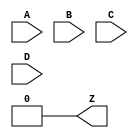
// ---------------------------------------

module LUT4(input A, B, C, D, output Z);
    parameter [15:0] INIT = 16'h0000;
    wire [7:0] s3 = D ?     INIT[15:8] :     INIT[7:0];
    wire [3:0] s2 = C ?       s3[ 7:4] :       s3[3:0];
    wire [1:0] s1 = B ?       s2[ 3:2] :       s2[1:0];
    assign Z =      A ?          s1[1] :         s1[0];
endmodule

// ---------------------------------------

module L6MUX21 (input D0, D1, SD, output Z);
	assign Z = SD ? D1 : D0;
endmodule

// ---------------------------------------

module CCU2C(input CIN, A0, B0, C0, D0, A1, B1, C1, D1,
	           output S0, S1, COUT);

	parameter [15:0] INIT0 = 16'h0000;
	parameter [15:0] INIT1 = 16'h0000;
	parameter INJECT1_0 = "YES";
	parameter INJECT1_1 = "YES";

	// First half
	wire LUT4_0, LUT2_0;
	LUT4 #(.INIT(INIT0)) lut4_0(.A(A0), .B(B0), .C(C0), .D(D0), .Z(LUT4_0));
	LUT2 #(.INIT(INIT0[3:0])) lut2_0(.A(A0), .B(B0), .Z(LUT2_0));

	wire gated_cin_0 = (INJECT1_0 == "YES") ? 1'b0 : CIN;
	assign S0 = LUT4_0 ^ gated_cin_0;

	wire gated_lut2_0 = (INJECT1_0 == "YES") ? 1'b0 : LUT2_0;
	wire cout_0 = (~LUT4_0 & gated_lut2_0) | (LUT4_0 & CIN);

	// Second half
	wire LUT4_1, LUT2_1;
	LUT4 #(.INIT(INIT1)) lut4_1(.A(A1), .B(B1), .C(C1), .D(D1), .Z(LUT4_1));
	LUT2 #(.INIT(INIT1[3:0])) lut2_1(.A(A1), .B(B1), .Z(LUT2_1));

	wire gated_cin_1 = (INJECT1_1 == "YES") ? 1'b0 : cout_0;
	assign S1 = LUT4_1 ^ gated_cin_1;

	wire gated_lut2_1 = (INJECT1_1 == "YES") ? 1'b0 : LUT2_1;
	assign COUT = (~LUT4_1 & gated_lut2_1) | (LUT4_1 & cout_0);

endmodule

// ---------------------------------------

module TRELLIS_RAM16X2 (
	input DI0, DI1,
	input WAD0, WAD1, WAD2, WAD3,
	input WRE, WCK,
	input RAD0, RAD1, RAD2, RAD3,
	output DO0, DO1
);
	parameter WCKMUX = "WCK";
	parameter WREMUX = "WRE";
	parameter INITVAL_0 = 16'h0000;
	parameter INITVAL_1 = 16'h0000;

	reg [1:0] mem[15:0];

	integer i;
	initial begin
		for (i = 0; i < 16; i = i + 1)
			mem[i] <= {INITVAL_1[i], INITVAL_0[i]};
	end

	wire muxwck = (WCKMUX == "INV") ? ~WCK : WCK;

	reg muxwre;
	always @(*)
		case (WREMUX)
			"1": muxwre = 1'b1;
			"0": muxwre = 1'b0;
			"INV": muxwre = ~WRE;
			default: muxwre = WRE;
		endcase


	always @(posedge muxwck)
		if (muxwre)
			mem[{WAD3, WAD2, WAD1, WAD0}] <= {DI1, DI0};

	assign {DO1, DO0} = mem[{RAD3, RAD2, RAD1, RAD0}];
endmodule

// ---------------------------------------

module PFUMX (input ALUT, BLUT, C0, output Z);
	assign Z = C0 ? ALUT : BLUT;
endmodule

// ---------------------------------------

module TRELLIS_DPR16X4 (
	input [3:0] DI,
	input [3:0] WAD,
	input WRE, WCK,
	input [3:0] RAD,
	output [3:0] DO
);
	parameter WCKMUX = "WCK";
	parameter WREMUX = "WRE";
	parameter [63:0] INITVAL = 64'h0000000000000000;

	reg [3:0] mem[15:0];

	integer i;
	initial begin
		for (i = 0; i < 16; i = i + 1)
			mem[i] <= {INITVAL[i+3], INITVAL[i+2], INITVAL[i+1], INITVAL[i]};
	end

	wire muxwck = (WCKMUX == "INV") ? ~WCK : WCK;

	reg muxwre;
	always @(*)
		case (WREMUX)
			"1": muxwre = 1'b1;
			"0": muxwre = 1'b0;
			"INV": muxwre = ~WRE;
			default: muxwre = WRE;
		endcase

	always @(posedge muxwck)
		if (muxwre)
			mem[WAD] <= DI;

	assign DO = mem[RAD];
endmodule

// ---------------------------------------

module DPR16X4C (
		input [3:0] DI,
		input WCK, WRE,
		input [3:0] RAD,
		input [3:0] WAD,
		output [3:0] DO
);
	// For legacy Lattice compatibility, INITIVAL is a hex
	// string rather than a numeric parameter
	parameter INITVAL = "0x0000000000000000";

	function [63:0] convert_initval;
		input [143:0] hex_initval;
		reg done;
		reg [63:0] temp;
		reg [7:0] char;
		integer i;
		begin
			done = 1'b0;
			temp = 0;
			for (i = 0; i < 16; i = i + 1) begin
				if (!done) begin
					char = hex_initval[8*i +: 8];
					if (char == "x") begin
						done = 1'b1;
					end else begin
						if (char >= "0" && char <= "9")
							temp[4*i +: 4] = char - "0";
						else if (char >= "A" && char <= "F")
							temp[4*i +: 4] = 10 + char - "A";
						else if (char >= "a" && char <= "f")
							temp[4*i +: 4] = 10 + char - "a";
					end
				end
			end
			convert_initval = temp;
		end
	endfunction

	localparam conv_initval = convert_initval(INITVAL);

	reg [3:0] ram[0:15];
	integer i;
	initial begin
		for (i = 0; i < 15; i = i + 1) begin
			ram[i] <= conv_initval[4*i +: 4];
		end
	end

	always @(posedge WCK)
		if (WRE)
			ram[WAD] <= DI;

	assign DO = ram[RAD];

endmodule

// ---------------------------------------

module LUT2(input A, B, output Z);
    parameter [3:0] INIT = 4'h0;
    wire [1:0] s1 = B ?     INIT[ 3:2] :     INIT[1:0];
    assign Z =      A ?          s1[1] :         s1[0];
endmodule

// ---------------------------------------

module TRELLIS_FF(input CLK, LSR, CE, DI, M, output reg Q);
	parameter GSR = "ENABLED";
	parameter [127:0] CEMUX = "1";
	parameter CLKMUX = "CLK";
	parameter LSRMUX = "LSR";
	parameter SRMODE = "LSR_OVER_CE";
	parameter REGSET = "RESET";
	parameter [127:0] LSRMODE = "LSR";

	reg muxce;
	always @(*)
		case (CEMUX)
			"1": muxce = 1'b1;
			"0": muxce = 1'b0;
			"INV": muxce = ~CE;
			default: muxce = CE;
		endcase

	wire muxlsr = (LSRMUX == "INV") ? ~LSR : LSR;
	wire muxclk = (CLKMUX == "INV") ? ~CLK : CLK;
	wire srval;
	generate
		if (LSRMODE == "PRLD")
			assign srval = M;
		else
			assign srval = (REGSET == "SET") ? 1'b1 : 1'b0;
	endgenerate

	initial Q = srval;

	generate
		if (SRMODE == "ASYNC") begin
			always @(posedge muxclk, posedge muxlsr)
				if (muxlsr)
					Q <= srval;
				else if (muxce)
					Q <= DI;
		end else begin
			always @(posedge muxclk)
				if (muxlsr)
					Q <= srval;
				else if (muxce)
					Q <= DI;
		end
	endgenerate
endmodule

// ---------------------------------------
(* keep *)
module TRELLIS_IO(
	inout B,
	input I,
	input T,
	output O
);
	parameter DIR = "INPUT";
	reg T_pd;
	always @(*) if (T === 1'bz) T_pd <= 1'b0; else T_pd <= T;

	generate
		if (DIR == "INPUT") begin
			assign B = 1'bz;
			assign O = B;
		end else if (DIR == "OUTPUT") begin
			assign B = T_pd ? 1'bz : I;
			assign O = 1'bx;
		end else if (DIR == "BIDIR") begin
			assign B = T_pd ? 1'bz : I;
			assign O = B;
		end else begin
			ERROR_UNKNOWN_IO_MODE error();
		end
	endgenerate

endmodule

// ---------------------------------------

module INV(input A, output Z);
	assign Z = !A;
endmodule

// ---------------------------------------

module TRELLIS_SLICE(
	input A0, B0, C0, D0,
	input A1, B1, C1, D1,
	input M0, M1,
	input FCI, FXA, FXB,

	input CLK, LSR, CE,
	input DI0, DI1,

	input WD0, WD1,
	input WAD0, WAD1, WAD2, WAD3,
	input WRE, WCK,

	output F0, Q0,
	output F1, Q1,
	output FCO, OFX0, OFX1,

	output WDO0, WDO1, WDO2, WDO3,
	output WADO0, WADO1, WADO2, WADO3
);

	parameter MODE = "LOGIC";
	parameter GSR = "ENABLED";
	parameter SRMODE = "LSR_OVER_CE";
	parameter [127:0] CEMUX = "1";
	parameter CLKMUX = "CLK";
	parameter LSRMUX = "LSR";
	parameter LUT0_INITVAL = 16'h0000;
	parameter LUT1_INITVAL = 16'h0000;
	parameter REG0_SD = "0";
	parameter REG1_SD = "0";
	parameter REG0_REGSET = "RESET";
	parameter REG1_REGSET = "RESET";
	parameter REG0_LSRMODE = "LSR";
	parameter REG1_LSRMODE = "LSR";
	parameter [127:0] CCU2_INJECT1_0 = "NO";
	parameter [127:0] CCU2_INJECT1_1 = "NO";
	parameter WREMUX = "WRE";

	function [15:0] permute_initval;
		input [15:0] initval;
		integer i;
		begin
			for (i = 0; i < 16; i = i + 1) begin
				permute_initval[{i[0], i[2], i[1], i[3]}] = initval[i];
			end
		end
	endfunction

	generate
		if (MODE == "LOGIC") begin
			// LUTs
			LUT4 #(
				.INIT(LUT0_INITVAL)
			) lut4_0 (
				.A(A0), .B(B0), .C(C0), .D(D0),
				.Z(F0)
			);
			LUT4 #(
				.INIT(LUT1_INITVAL)
			) lut4_1 (
				.A(A1), .B(B1), .C(C1), .D(D1),
				.Z(F1)
			);
			// LUT expansion muxes
			PFUMX lut5_mux (.ALUT(F1), .BLUT(F0), .C0(M0), .Z(OFX0));
			L6MUX21 lutx_mux (.D0(FXA), .D1(FXB), .SD(M1), .Z(OFX1));
		end else if (MODE == "CCU2") begin
			CCU2C #(
				.INIT0(LUT0_INITVAL),
				.INIT1(LUT1_INITVAL),
				.INJECT1_0(CCU2_INJECT1_0),
				.INJECT1_1(CCU2_INJECT1_1)
		  ) ccu2c_i (
				.CIN(FCI),
				.A0(A0), .B0(B0), .C0(C0), .D0(D0),
				.A1(A1), .B1(B1), .C1(C1), .D1(D1),
				.S0(F0), .S1(F1),
				.COUT(FCO)
			);
		end else if (MODE == "RAMW") begin
			assign WDO0 = C1;
			assign WDO1 = A1;
			assign WDO2 = D1;
			assign WDO3 = B1;
			assign WADO0 = D0;
			assign WADO1 = B0;
			assign WADO2 = C0;
			assign WADO3 = A0;
		end else if (MODE == "DPRAM") begin
			TRELLIS_RAM16X2 #(
				.INITVAL_0(permute_initval(LUT0_INITVAL)),
				.INITVAL_1(permute_initval(LUT1_INITVAL)),
				.WREMUX(WREMUX)
			) ram_i (
				.DI0(WD0), .DI1(WD1),
				.WAD0(WAD0), .WAD1(WAD1), .WAD2(WAD2), .WAD3(WAD3),
				.WRE(WRE), .WCK(WCK),
				.RAD0(D0), .RAD1(B0), .RAD2(C0), .RAD3(A0),
				.DO0(F0), .DO1(F1)
			);
			// TODO: confirm RAD and INITVAL ordering
			// DPRAM mode contract?
			always @(*) begin
				assert(A0==A1);
				assert(B0==B1);
				assert(C0==C1);
				assert(D0==D1);
			end
		end else begin
			ERROR_UNKNOWN_SLICE_MODE error();
		end
	endgenerate

	// FF input selection muxes
	wire muxdi0 = (REG0_SD == "1") ? DI0 : M0;
	wire muxdi1 = (REG1_SD == "1") ? DI1 : M1;
	// Flipflops
	TRELLIS_FF #(
		.GSR(GSR),
		.CEMUX(CEMUX),
		.CLKMUX(CLKMUX),
		.LSRMUX(LSRMUX),
		.SRMODE(SRMODE),
		.REGSET(REG0_REGSET),
		.LSRMODE(REG0_LSRMODE)
	) ff_0 (
		.CLK(CLK), .LSR(LSR), .CE(CE),
		.DI(muxdi0), .M(M0),
		.Q(Q0)
	);
	TRELLIS_FF #(
		.GSR(GSR),
		.CEMUX(CEMUX),
		.CLKMUX(CLKMUX),
		.LSRMUX(LSRMUX),
		.SRMODE(SRMODE),
		.REGSET(REG1_REGSET),
		.LSRMODE(REG1_LSRMODE)
	) ff_1 (
		.CLK(CLK), .LSR(LSR), .CE(CE),
		.DI(muxdi1), .M(M1),
		.Q(Q1)
	);
endmodule

(* blackbox *)
module DP16KD(
  input DIA17, DIA16, DIA15, DIA14, DIA13, DIA12, DIA11, DIA10, DIA9, DIA8, DIA7, DIA6, DIA5, DIA4, DIA3, DIA2, DIA1, DIA0,
  input ADA13, ADA12, ADA11, ADA10, ADA9, ADA8, ADA7, ADA6, ADA5, ADA4, ADA3, ADA2, ADA1, ADA0,
  input CEA, OCEA, CLKA, WEA, RSTA,
  input CSA2, CSA1, CSA0,
  output DOA17, DOA16, DOA15, DOA14, DOA13, DOA12, DOA11, DOA10, DOA9, DOA8, DOA7, DOA6, DOA5, DOA4, DOA3, DOA2, DOA1, DOA0,

  input DIB17, DIB16, DIB15, DIB14, DIB13, DIB12, DIB11, DIB10, DIB9, DIB8, DIB7, DIB6, DIB5, DIB4, DIB3, DIB2, DIB1, DIB0,
  input ADB13, ADB12, ADB11, ADB10, ADB9, ADB8, ADB7, ADB6, ADB5, ADB4, ADB3, ADB2, ADB1, ADB0,
  input CEB, OCEB, CLKB, WEB, RSTB,
  input CSB2, CSB1, CSB0,
  output DOB17, DOB16, DOB15, DOB14, DOB13, DOB12, DOB11, DOB10, DOB9, DOB8, DOB7, DOB6, DOB5, DOB4, DOB3, DOB2, DOB1, DOB0
);
  parameter DATA_WIDTH_A = 18;
  parameter DATA_WIDTH_B = 18;

  parameter REGMODE_A = "NOREG";
  parameter REGMODE_B = "NOREG";

  parameter RESETMODE = "SYNC";
  parameter ASYNC_RESET_RELEASE = "SYNC";

  parameter CSDECODE_A = "0b000";
  parameter CSDECODE_B = "0b000";

  parameter WRITEMODE_A = "NORMAL";
  parameter WRITEMODE_B = "NORMAL";

  parameter CLKAMUX = "CLKA";
  parameter CLKBMUX = "CLKB";

  parameter GSR = "ENABLED";

  parameter INITVAL_00 = 320'h00000000000000000000000000000000000000000000000000000000000000000000000000000000;
  parameter INITVAL_01 = 320'h00000000000000000000000000000000000000000000000000000000000000000000000000000000;
  parameter INITVAL_02 = 320'h00000000000000000000000000000000000000000000000000000000000000000000000000000000;
  parameter INITVAL_03 = 320'h00000000000000000000000000000000000000000000000000000000000000000000000000000000;
  parameter INITVAL_04 = 320'h00000000000000000000000000000000000000000000000000000000000000000000000000000000;
  parameter INITVAL_05 = 320'h00000000000000000000000000000000000000000000000000000000000000000000000000000000;
  parameter INITVAL_06 = 320'h00000000000000000000000000000000000000000000000000000000000000000000000000000000;
  parameter INITVAL_07 = 320'h00000000000000000000000000000000000000000000000000000000000000000000000000000000;
  parameter INITVAL_08 = 320'h00000000000000000000000000000000000000000000000000000000000000000000000000000000;
  parameter INITVAL_09 = 320'h00000000000000000000000000000000000000000000000000000000000000000000000000000000;
  parameter INITVAL_0A = 320'h00000000000000000000000000000000000000000000000000000000000000000000000000000000;
  parameter INITVAL_0B = 320'h00000000000000000000000000000000000000000000000000000000000000000000000000000000;
  parameter INITVAL_0C = 320'h00000000000000000000000000000000000000000000000000000000000000000000000000000000;
  parameter INITVAL_0D = 320'h00000000000000000000000000000000000000000000000000000000000000000000000000000000;
  parameter INITVAL_0E = 320'h00000000000000000000000000000000000000000000000000000000000000000000000000000000;
  parameter INITVAL_0F = 320'h00000000000000000000000000000000000000000000000000000000000000000000000000000000;
  parameter INITVAL_10 = 320'h00000000000000000000000000000000000000000000000000000000000000000000000000000000;
  parameter INITVAL_11 = 320'h00000000000000000000000000000000000000000000000000000000000000000000000000000000;
  parameter INITVAL_12 = 320'h00000000000000000000000000000000000000000000000000000000000000000000000000000000;
  parameter INITVAL_13 = 320'h00000000000000000000000000000000000000000000000000000000000000000000000000000000;
  parameter INITVAL_14 = 320'h00000000000000000000000000000000000000000000000000000000000000000000000000000000;
  parameter INITVAL_15 = 320'h00000000000000000000000000000000000000000000000000000000000000000000000000000000;
  parameter INITVAL_16 = 320'h00000000000000000000000000000000000000000000000000000000000000000000000000000000;
  parameter INITVAL_17 = 320'h00000000000000000000000000000000000000000000000000000000000000000000000000000000;
  parameter INITVAL_18 = 320'h00000000000000000000000000000000000000000000000000000000000000000000000000000000;
  parameter INITVAL_19 = 320'h00000000000000000000000000000000000000000000000000000000000000000000000000000000;
  parameter INITVAL_1A = 320'h00000000000000000000000000000000000000000000000000000000000000000000000000000000;
  parameter INITVAL_1B = 320'h00000000000000000000000000000000000000000000000000000000000000000000000000000000;
  parameter INITVAL_1C = 320'h00000000000000000000000000000000000000000000000000000000000000000000000000000000;
  parameter INITVAL_1D = 320'h00000000000000000000000000000000000000000000000000000000000000000000000000000000;
  parameter INITVAL_1E = 320'h00000000000000000000000000000000000000000000000000000000000000000000000000000000;
  parameter INITVAL_1F = 320'h00000000000000000000000000000000000000000000000000000000000000000000000000000000;
  parameter INITVAL_20 = 320'h00000000000000000000000000000000000000000000000000000000000000000000000000000000;
  parameter INITVAL_21 = 320'h00000000000000000000000000000000000000000000000000000000000000000000000000000000;
  parameter INITVAL_22 = 320'h00000000000000000000000000000000000000000000000000000000000000000000000000000000;
  parameter INITVAL_23 = 320'h00000000000000000000000000000000000000000000000000000000000000000000000000000000;
  parameter INITVAL_24 = 320'h00000000000000000000000000000000000000000000000000000000000000000000000000000000;
  parameter INITVAL_25 = 320'h00000000000000000000000000000000000000000000000000000000000000000000000000000000;
  parameter INITVAL_26 = 320'h00000000000000000000000000000000000000000000000000000000000000000000000000000000;
  parameter INITVAL_27 = 320'h00000000000000000000000000000000000000000000000000000000000000000000000000000000;
  parameter INITVAL_28 = 320'h00000000000000000000000000000000000000000000000000000000000000000000000000000000;
  parameter INITVAL_29 = 320'h00000000000000000000000000000000000000000000000000000000000000000000000000000000;
  parameter INITVAL_2A = 320'h00000000000000000000000000000000000000000000000000000000000000000000000000000000;
  parameter INITVAL_2B = 320'h00000000000000000000000000000000000000000000000000000000000000000000000000000000;
  parameter INITVAL_2C = 320'h00000000000000000000000000000000000000000000000000000000000000000000000000000000;
  parameter INITVAL_2D = 320'h00000000000000000000000000000000000000000000000000000000000000000000000000000000;
  parameter INITVAL_2E = 320'h00000000000000000000000000000000000000000000000000000000000000000000000000000000;
  parameter INITVAL_2F = 320'h00000000000000000000000000000000000000000000000000000000000000000000000000000000;
  parameter INITVAL_30 = 320'h00000000000000000000000000000000000000000000000000000000000000000000000000000000;
  parameter INITVAL_31 = 320'h00000000000000000000000000000000000000000000000000000000000000000000000000000000;
  parameter INITVAL_32 = 320'h00000000000000000000000000000000000000000000000000000000000000000000000000000000;
  parameter INITVAL_33 = 320'h00000000000000000000000000000000000000000000000000000000000000000000000000000000;
  parameter INITVAL_34 = 320'h00000000000000000000000000000000000000000000000000000000000000000000000000000000;
  parameter INITVAL_35 = 320'h00000000000000000000000000000000000000000000000000000000000000000000000000000000;
  parameter INITVAL_36 = 320'h00000000000000000000000000000000000000000000000000000000000000000000000000000000;
  parameter INITVAL_37 = 320'h00000000000000000000000000000000000000000000000000000000000000000000000000000000;
  parameter INITVAL_38 = 320'h00000000000000000000000000000000000000000000000000000000000000000000000000000000;
  parameter INITVAL_39 = 320'h00000000000000000000000000000000000000000000000000000000000000000000000000000000;
  parameter INITVAL_3A = 320'h00000000000000000000000000000000000000000000000000000000000000000000000000000000;
  parameter INITVAL_3B = 320'h00000000000000000000000000000000000000000000000000000000000000000000000000000000;
  parameter INITVAL_3C = 320'h00000000000000000000000000000000000000000000000000000000000000000000000000000000;
  parameter INITVAL_3D = 320'h00000000000000000000000000000000000000000000000000000000000000000000000000000000;
  parameter INITVAL_3E = 320'h00000000000000000000000000000000000000000000000000000000000000000000000000000000;
  parameter INITVAL_3F = 320'h00000000000000000000000000000000000000000000000000000000000000000000000000000000;
endmodule

// TODO: Diamond flip-flops
// module FD1P3AX(); endmodule
// module FD1P3AY(); endmodule
// module FD1P3BX(); endmodule
// module FD1P3DX(); endmodule
// module FD1P3IX(); endmodule
// module FD1P3JX(); endmodule
// module FD1S3AX(); endmodule
// module FD1S3AY(); endmodule
module FD1S3BX(input PD, D, CK, output Q); TRELLIS_FF #(.GSR("DISABLED"), .CEMUX("1"), .CLKMUX("CLK"), .LSRMUX("LSR"), .REGSET("SET"), .SRMODE("ASYNC"))  tff (.CLK(CK), .LSR(PD), .DI(D), .Q(Q)); endmodule
module FD1S3DX(input CD, D, CK, output Q); TRELLIS_FF #(.GSR("DISABLED"), .CEMUX("1"), .CLKMUX("CLK"), .LSRMUX("LSR"), .REGSET("RESET"), .SRMODE("ASYNC"))  tff (.CLK(CK), .LSR(CD), .DI(D), .Q(Q)); endmodule
module FD1S3IX(input CD, D, CK, output Q); TRELLIS_FF #(.GSR("DISABLED"), .CEMUX("1"), .CLKMUX("CLK"), .LSRMUX("LSR"), .REGSET("RESET"), .SRMODE("LSR_OVER_CE"))  tff (.CLK(CK), .LSR(CD), .DI(D), .Q(Q)); endmodule
module FD1S3JX(input PD, D, CK, output Q); TRELLIS_FF #(.GSR("DISABLED"), .CEMUX("1"), .CLKMUX("CLK"), .LSRMUX("LSR"), .REGSET("SET"), .SRMODE("LSR_OVER_CE"))  tff (.CLK(CK), .LSR(PD), .DI(D), .Q(Q)); endmodule
// module FL1P3AY(); endmodule
// module FL1P3AZ(); endmodule
// module FL1P3BX(); endmodule
// module FL1P3DX(); endmodule
// module FL1P3IY(); endmodule
// module FL1P3JY(); endmodule
// module FL1S3AX(); endmodule
// module FL1S3AY(); endmodule

// Diamond I/O buffers
module IB   (input I, output O); (* PULLMODE="NONE" *) TRELLIS_IO #(.DIR("INPUT")) tio (.B(I), .O(O)); endmodule
module IBPU (input I, output O); (* PULLMODE="UP"   *) TRELLIS_IO #(.DIR("INPUT"))   tio (.B(I), .O(O)); endmodule
module IBPD (input I, output O); (* PULLMODE="DOWN" *) TRELLIS_IO #(.DIR("INPUT")) tio (.B(I), .O(O)); endmodule
module OB   (input I, output O); (* PULLMODE="NONE" *) TRELLIS_IO #(.DIR("OUTPUT")) tio (.B(O), .I(I)); endmodule
module OBZ  (input I, T, output O); (* PULLMODE="NONE" *) TRELLIS_IO #(.DIR("OUTPUT")) tio (.B(O), .I(I), .T(T)); endmodule
module OBZPU(input I, T, output O); (* PULLMODE="UP"   *) TRELLIS_IO #(.DIR("OUTPUT"))   tio (.B(O), .I(I), .T(T)); endmodule
module OBZPD(input I, T, output O); (* PULLMODE="DOWN" *) TRELLIS_IO #(.DIR("OUTPUT")) tio (.B(O), .I(I), .T(T)); endmodule
module OBCO (input I, output OT, OC); OLVDS olvds (.A(I), .Z(OT), .ZN(OC)); endmodule
module BB   (input I, T, output O, inout B); (* PULLMODE="NONE" *) TRELLIS_IO #(.DIR("BIDIR")) tio (.B(B), .I(I), .O(O), .T(T)); endmodule
module BBPU (input I, T, output O, inout B); (* PULLMODE="UP"   *) TRELLIS_IO #(.DIR("BIDIR"))   tio (.B(B), .I(I), .O(O), .T(T)); endmodule
module BBPD (input I, T, output O, inout B); (* PULLMODE="DOWN" *) TRELLIS_IO #(.DIR("BIDIR")) tio (.B(B), .I(I), .O(O), .T(T)); endmodule
module ILVDS(input A, AN, output Z); TRELLIS_IO #(.DIR("INPUT"))  tio (.B(A), .O(Z)); endmodule
module OLVDS(input A, output Z, ZN); TRELLIS_IO #(.DIR("OUTPUT")) tio (.B(Z), .I(A)); endmodule

// Diamond I/O registers
module IFS1P3BX(input PD, D, SP, SCLK, output Q); TRELLIS_FF #(.GSR("DISABLED"), .CEMUX("1"), .CLKMUX("CLK"), .LSRMUX("LSR"), .REGSET("SET"), .SRMODE("ASYNC"))  tff (.CLK(SCLK), .LSR(PD), .CE(SP), .DI(D), .Q(Q)); endmodule
module IFS1P3DX(input CD, D, SP, SCLK, output Q); TRELLIS_FF #(.GSR("DISABLED"), .CEMUX("1"), .CLKMUX("CLK"), .LSRMUX("LSR"), .REGSET("RESET"), .SRMODE("ASYNC"))  tff (.CLK(SCLK), .LSR(CD), .CE(SP), .DI(D), .Q(Q)); endmodule
module IFS1P3IX(input CD, D, SP, SCLK, output Q); TRELLIS_FF #(.GSR("DISABLED"), .CEMUX("1"), .CLKMUX("CLK"), .LSRMUX("LSR"), .REGSET("RESET"), .SRMODE("LSR_OVER_CE"))  tff (.CLK(SCLK), .LSR(CD), .CE(SP), .DI(D), .Q(Q)); endmodule
module IFS1P3JX(input PD, D, SP, SCLK, output Q); TRELLIS_FF #(.GSR("DISABLED"), .CEMUX("1"), .CLKMUX("CLK"), .LSRMUX("LSR"), .REGSET("SET"), .SRMODE("LSR_OVER_CE"))  tff (.CLK(SCLK), .LSR(PD), .CE(SP), .DI(D), .Q(Q)); endmodule

module OFS1P3BX(input PD, D, SP, SCLK, output Q); TRELLIS_FF #(.GSR("DISABLED"), .CEMUX("1"), .CLKMUX("CLK"), .LSRMUX("LSR"), .REGSET("SET"), .SRMODE("ASYNC"))  tff (.CLK(SCLK), .LSR(PD), .CE(SP), .DI(D), .Q(Q)); endmodule
module OFS1P3DX(input CD, D, SP, SCLK, output Q); TRELLIS_FF #(.GSR("DISABLED"), .CEMUX("1"), .CLKMUX("CLK"), .LSRMUX("LSR"), .REGSET("RESET"), .SRMODE("ASYNC"))  tff (.CLK(SCLK), .LSR(CD), .CE(SP), .DI(D), .Q(Q)); endmodule
module OFS1P3IX(input CD, D, SP, SCLK, output Q); TRELLIS_FF #(.GSR("DISABLED"), .CEMUX("1"), .CLKMUX("CLK"), .LSRMUX("LSR"), .REGSET("RESET"), .SRMODE("LSR_OVER_CE"))  tff (.CLK(SCLK), .LSR(CD), .CE(SP), .DI(D), .Q(Q)); endmodule
module OFS1P3JX(input PD, D, SP, SCLK, output Q); TRELLIS_FF #(.GSR("DISABLED"), .CEMUX("1"), .CLKMUX("CLK"), .LSRMUX("LSR"), .REGSET("SET"), .SRMODE("LSR_OVER_CE"))  tff (.CLK(SCLK), .LSR(PD), .CE(SP), .DI(D), .Q(Q)); endmodule

// TODO: Diamond I/O latches
// module IFS1S1B(input PD, D, SCLK, output Q); endmodule
// module IFS1S1D(input CD, D, SCLK, output Q); endmodule
// module IFS1S1I(input PD, D, SCLK, output Q); endmodule
// module IFS1S1J(input CD, D, SCLK, output Q); endmodule